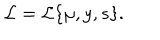
{ \cal L } = { \cal L } \{ \mu , y , s \} .